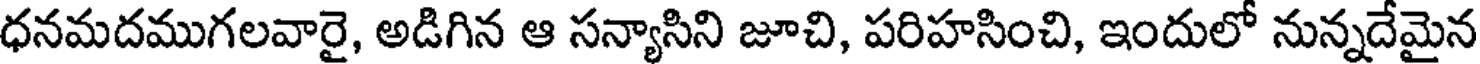
ధనమదముగలవారై, అడిగిన ఆ సన్యాసిని జూచి, పరిహసించి, ఇందులో నున్నదేమైన